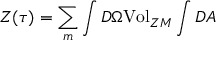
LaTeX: { \cal { Z } } ( \tau { } ) = \sum _ { m } \int { \cal { D } } \Omega { \mathrm { V o l } } _ { Z M } \int { \cal { D } } A